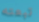
تبعته